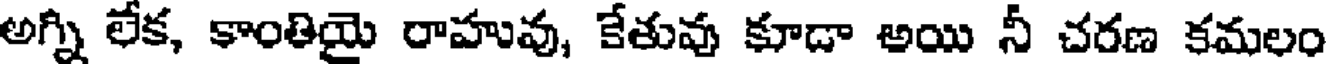
అగ్ని లేక, కాంతియై రాహువు, కేతువు కూడా అయి నీ చరణ కమలం